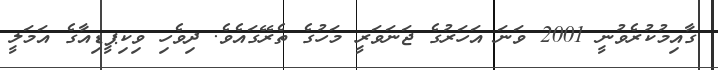
ގާއިމުކުރެވުނީ 2001 ވަނަ އަހަރުގެ ޖަނަވަރީ މަހުގެ ތެރޭގައެވެ. ދިވެހި ވިކިޕީޑިއާގެ އަމަލީ